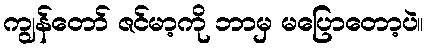
ကျွန်တော် ဇင်မာ့ကို ဘာမှ မပြောတော့ပဲ။